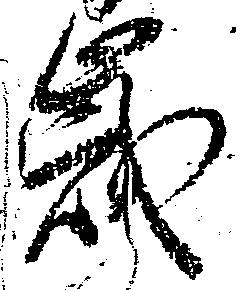
歳